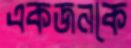
একজনকে